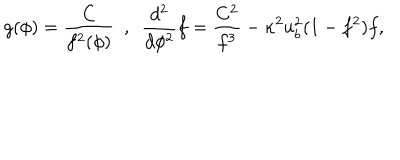
g ( \phi ) = \frac { C } { f ^ { 2 } ( \phi ) } \ \ , \ \ \frac { d ^ { 2 } } { d \phi ^ { 2 } } f = \frac { C ^ { 2 } } { f ^ { 3 } } - \kappa ^ { 2 } u _ { b } ^ { 2 } ( 1 - f ^ { 2 } ) f ,